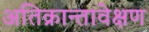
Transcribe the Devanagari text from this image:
अतिक्रान्तावेक्षण